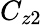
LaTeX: C_{z2}